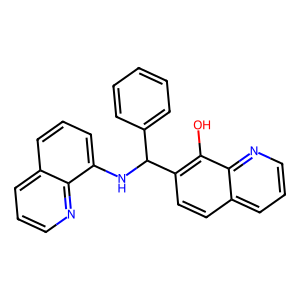
SMILES: Oc1c(C(Nc2cccc3cccnc23)c2ccccc2)ccc2cccnc12
Inhibits HIV replication: No